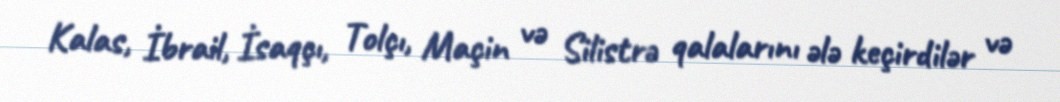
Kalas, İbrail, İsaqçı, Tolçı, Maçin və Silistrə qalalarını ələ keçirdilər və